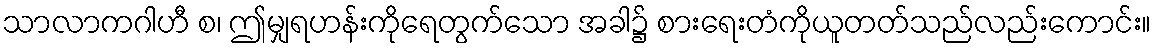
သာလာကဂါဟီ စ၊ ဤမျှရဟန်းကိုရေတွက်သော အခါ၌ စားရေးတံကိုယူတတ်သည်လည်းကောင်း။